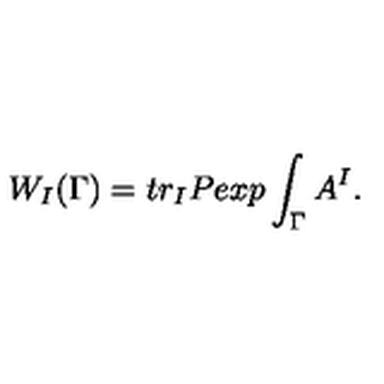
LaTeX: W _ { I } ( \Gamma ) = t r _ { I } P e x p \int _ { \Gamma } A ^ { I } .